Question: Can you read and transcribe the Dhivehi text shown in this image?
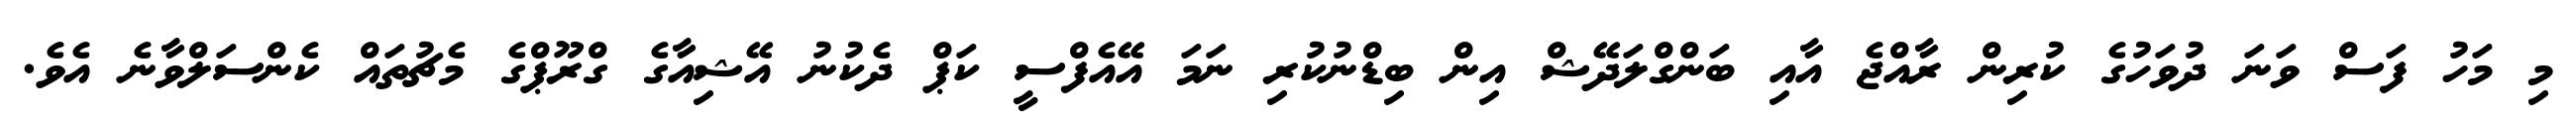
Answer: މި މަހު ފަސް ވަނަ ދުވަހުގެ ކުރިން ރާއްޖެ އާއި ބަންގްލަދޭޝް އިން ބިޑްނުކުރި ނަމަ އޭއެފްސީ ކަޕް ދެކުނު އޭޝިއާގެ ގްރޫޕްގެ މެޗުތައް ކެންސަލްވާނެ އެވެ.